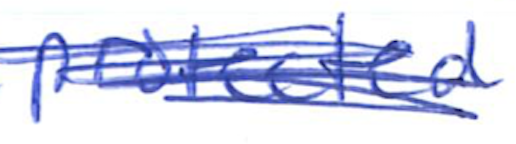
Text: protected
Cross-out: scratch
Writing tool: ballpoint